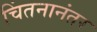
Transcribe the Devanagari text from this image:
चिंतनानंतर